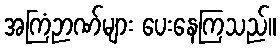
အကြံဉာဏ်များ ပေးနေကြသည်။